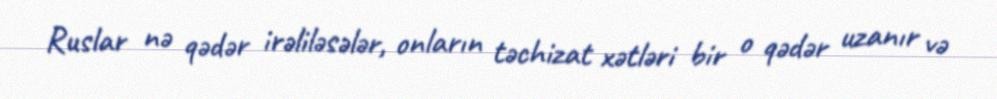
Ruslar nə qədər irəliləsələr, onların təchizat xətləri bir o qədər uzanır və